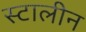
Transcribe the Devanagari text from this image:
स्टालीन